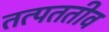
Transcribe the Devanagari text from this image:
तत्पततीव